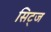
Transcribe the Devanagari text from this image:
सिट्ज